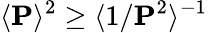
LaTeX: \langle\mathbf{P}\rangle^{2}\ge\langle 1/\mathbf{P}^{2}\rangle^{-1}